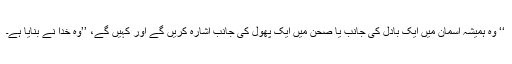
‘‘ وہ ہمیشہ آسمان میں ایک بادل کی جانب یا صحن میں ایک پھول کی جانب اشارہ کریں گے اور کہیں گے، ’’وہ خُدا نے بنایا ہے۔